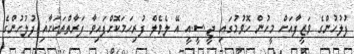
ފުލުހުންގެ ވަޒީފާއަށް މީހުން ހޮވުމުގައި ޖީ.ސީ.އީ އޭ ލެވެލް ފުރިހަމަކޮށްފައިވާ ފަރާތްތަކަށާއި ފުލުހުންގެ